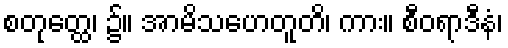
စတုတ္ထေ၊ ၌။ အာမိသဟေတူတိ၊ ကား။ စီဝရာဒီနံ၊